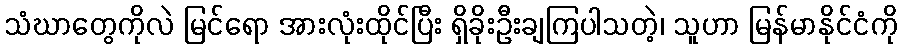
သံဃာတွေကိုလဲ မြင်ရော အားလုံးထိုင်ပြီး ရှိခိုးဦးချကြပါသတဲ့၊ သူဟာ မြန်မာနိုင်ငံကို